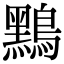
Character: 𪆤